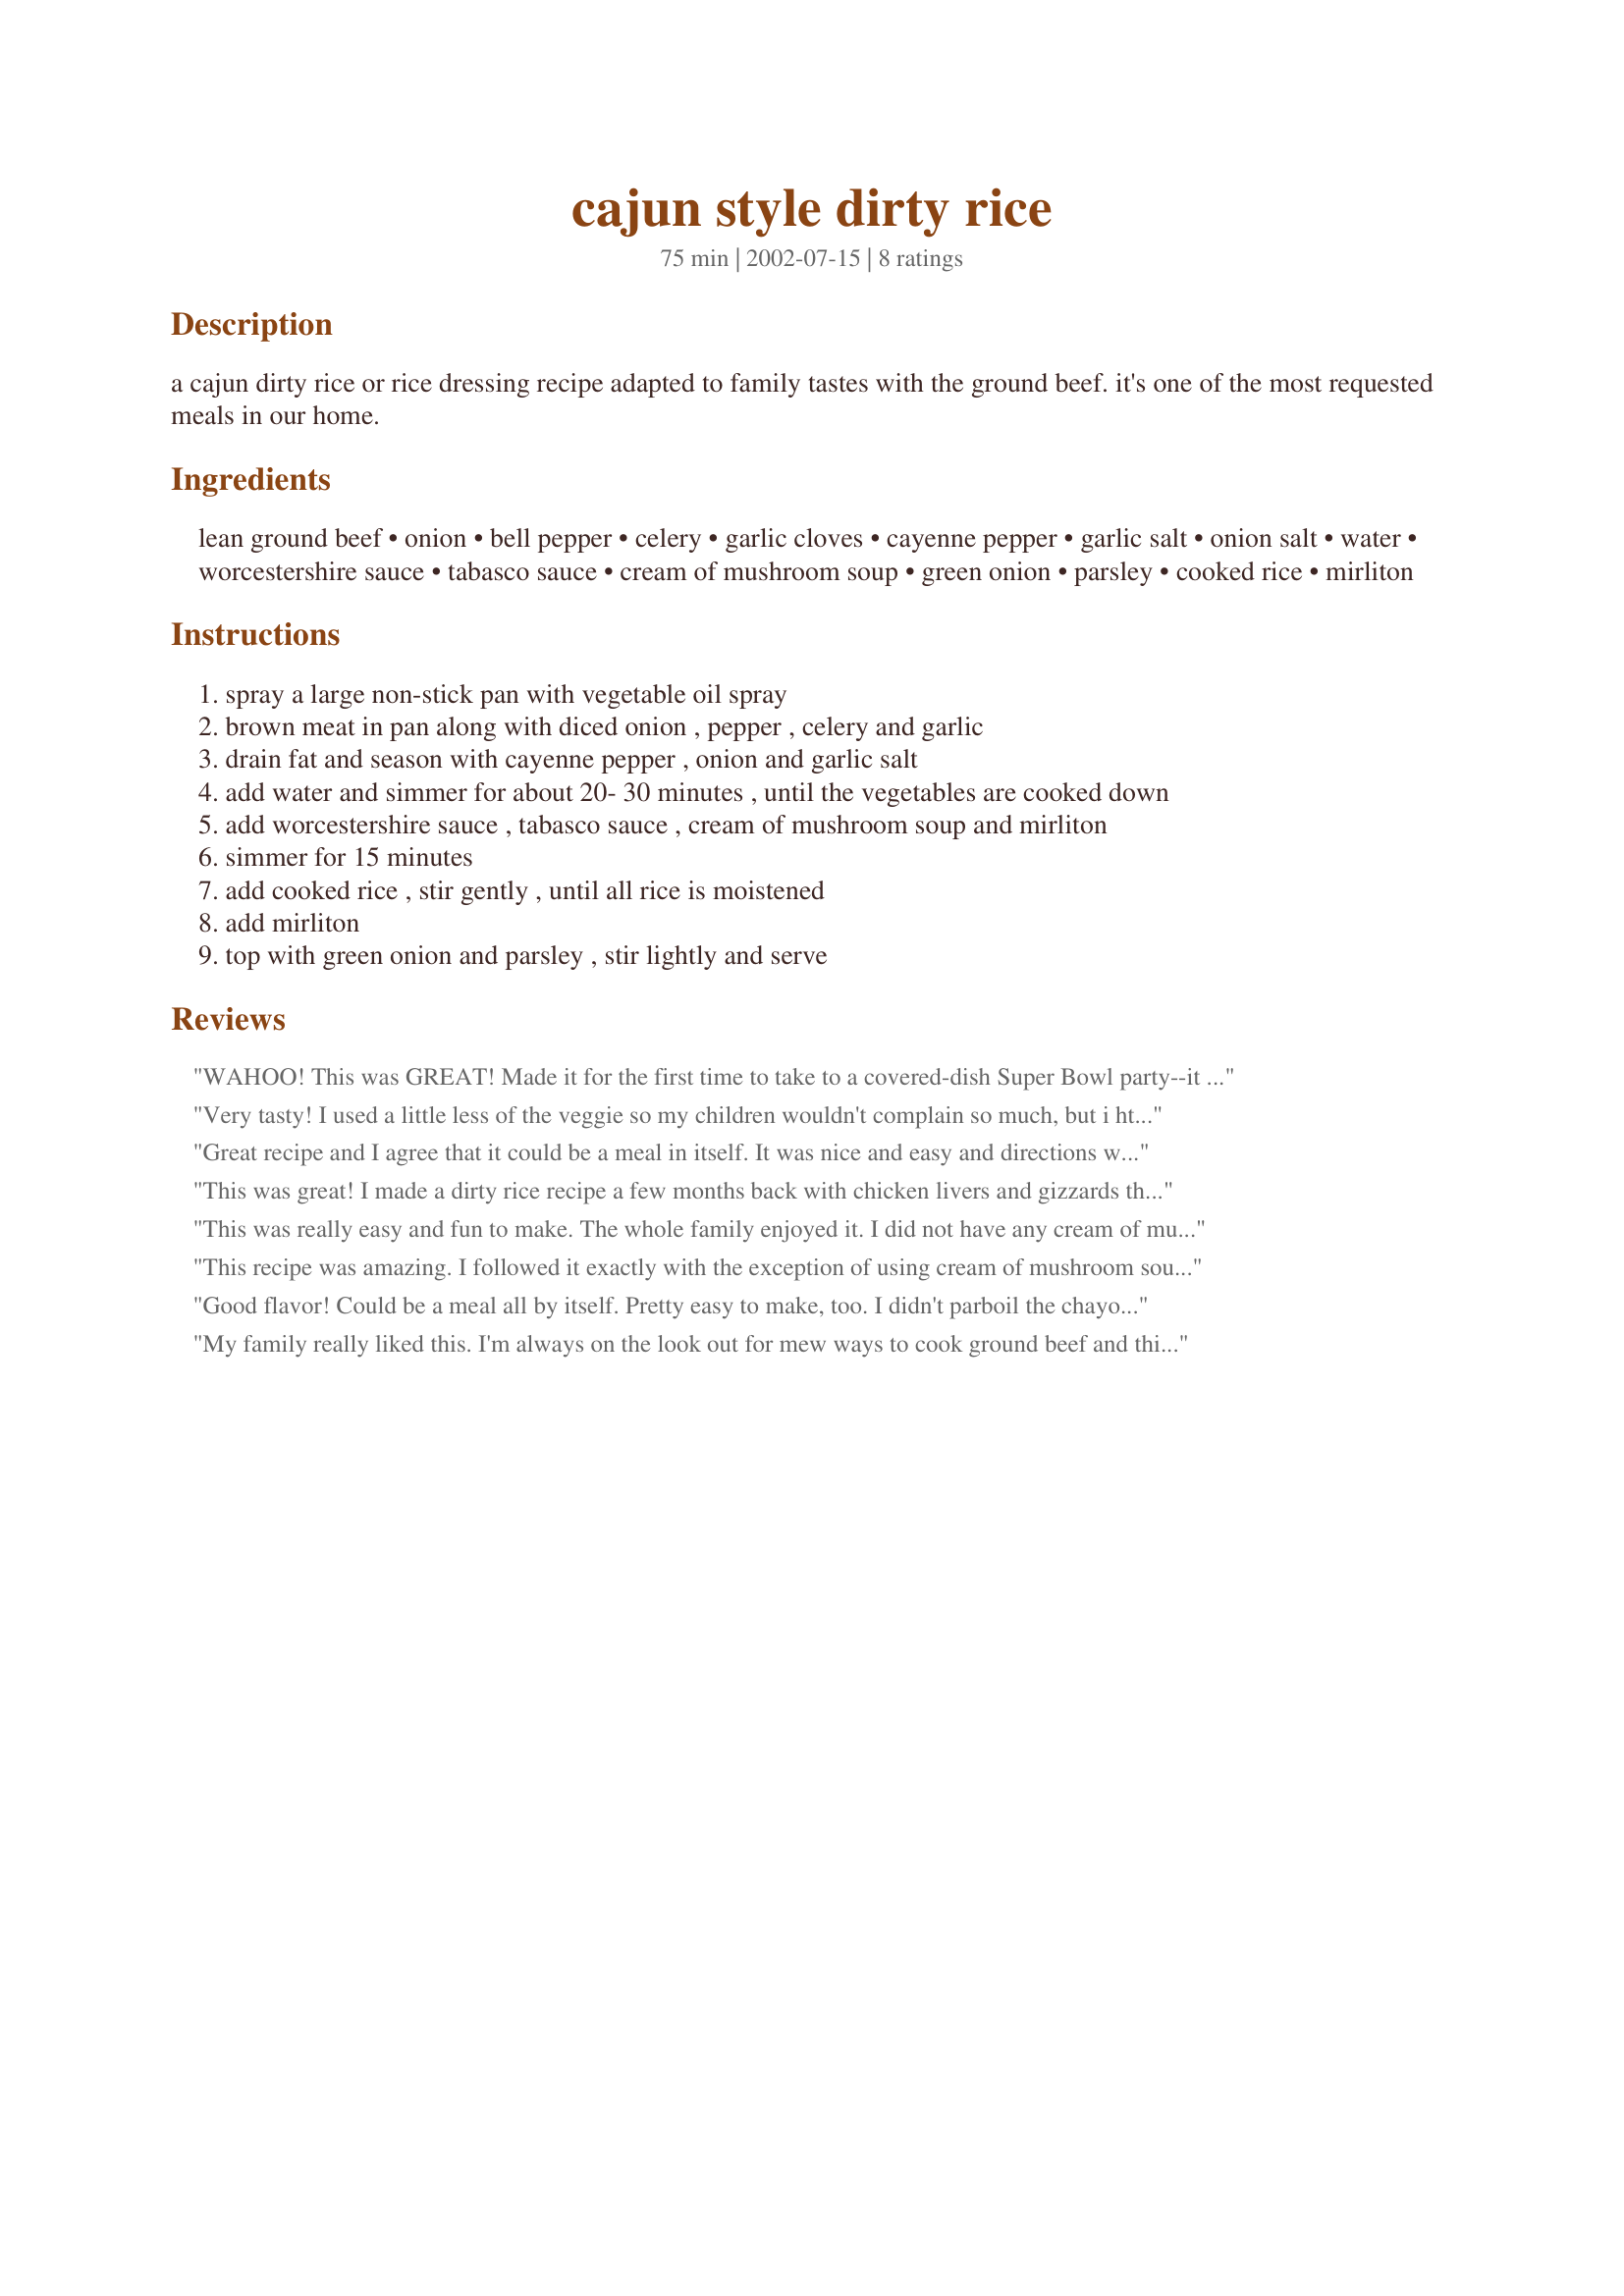
cajun style dirty rice
Preparation time: 75 minutes

a cajun dirty rice or rice dressing recipe adapted to family tastes with the ground beef. it's one of the most requested meals in our home.

Ingredients:
lean ground beef, onion, bell pepper, celery, garlic cloves, cayenne pepper, garlic salt, onion salt, water, worcestershire sauce, tabasco sauce, cream of mushroom soup, green onion, parsley, cooked rice, mirliton

Steps:
spray a large non-stick pan with vegetable oil spray
brown meat in pan along with diced onion , pepper , celery and garlic
drain fat and season with cayenne pepper , onion and garlic salt
add water and simmer for about 20- 30 minutes , until the vegetables are cooked down
add worcestershire sauce , tabasco sauce , cream of mushroom soup and mirliton
simmer for 15 minutes
add cooked rice , stir gently , until all rice is moistened
add mirliton
top with green onion and parsley , stir lightly and serve

Reviews:
WAHOO! This was GREAT! Made it for the first time to take to a covered-dish Super Bowl party--it was a huge hit with both men and women. I didn't have a mirliton on hand, so I used a medium zucchini, chopped and parboiled, instead. Then I used the zucchini water to cook the rice. Everyone just gobbled it up. Thanks for sharing a terrific recipe!
Very tasty! I used a little less of the veggie so my children wouldn't complain so much, but i htink I would have LOVED the zucchini in it as well. I did add a touch of garlic and a generous splaash of milk along with the soup as it was very, very thick and didn't want to incorprate with the rice too much. I also only used 3 cups of rice and still had a TON of food. I can imagine this being a highlight at a pot luck dinner. As always a perfectly wonderful PanNan recipe!
Great recipe and I agree that it could be a meal in itself. It was nice and easy and directions was explained really good too. Thanks for posting a good recipe!
This was great! I made a dirty rice recipe a few months back with chicken livers and gizzards that seemed to take forever to make. It was wonderful-- if you like gizzards and liver, which my husband does not. I made this tonight as a concession to him, and I'm really glad I did. I did cut the celery back to 2 stalks, the ground beef to a pound, and I had to use dried minced onion rather than fresh. This was a little wetter than the other recipe I made, but not in a bad way... it was almost creamy. We added extra tabasco to our bowls. I didn't use the mirliton, and in place of onion and garlic salts, I used powders and added a half a teaspoon of salt. Cooked the rice in beef broth cause we like it that way. I will definitely make this one again. Thanks for sharing a great recipe.
This was really easy and fun to make. The whole family enjoyed it. I did not have any cream of mushroom soup so I sub a half of cup of lite sour cream. I will make this again.
This recipe was amazing. I followed it exactly with the exception of using cream of mushroom soup. I used condensed mushroom soup and a bit of soy milk. My whole family LOVED it!
Good flavor! Could be a meal all by itself. Pretty easy to make, too.

I didn't parboil the chayote squash, and instead diced it up and added it in about 10 minutes before the cream of mushroom soup went in. Turned out fine.

My family really liked this. I'm always on the look out for mew ways to cook ground beef and this was perfect! I did not use the mirliton but otherwise I followed the recipe as stated. I will definately be making this again. Thanks for a keeper!!
